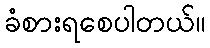
ခံစားရစေပါတယ်။